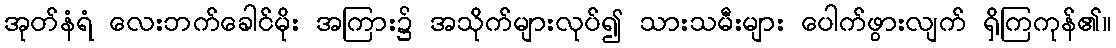
အုတ်နံရံ လေးဘက်ခေါင်မိုး အကြား၌ အသိုက်များလုပ်၍ သားသမီးများ ပေါက်ဖွားလျက် ရှိကြကုန်၏။